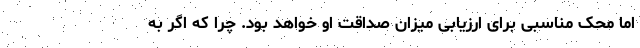
اما محک مناسبی برای ارزیابی میزان صداقت او خواهد بود. چرا که اگر به